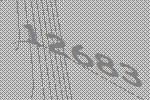
12683